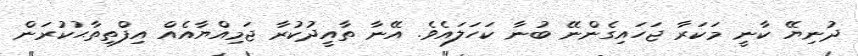
ދުނިޔޭ ކާނީ މަކަރާ ޖަހައިގެންނޭ ބުނާ ކަހަލައެވެ. އޭނާ ތާއީދުކުރާ ޖަމިއްޔާއެއް އިފްތިތާޙުކުރަން